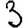
Digit: 3